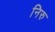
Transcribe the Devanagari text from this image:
निरु